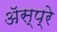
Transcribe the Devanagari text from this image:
ॲस्प्रे